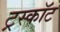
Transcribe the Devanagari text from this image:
ट्रस्कॉट